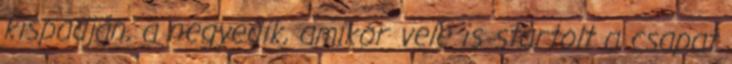
kispadján, a negyedik, amikor vele is startolt a csapat